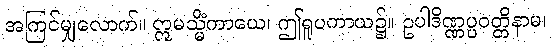
အကြင်မျှလောက်။ ဣမသ္မိံကာယေ၊ ဤရူပကာယ၌။ ဥပါဒိဏ္ဏပ္ပဝတ္တိနာမ၊